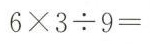
$$6 \times 3 \div 9 =$$